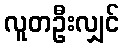
လူတဦးလျှင်